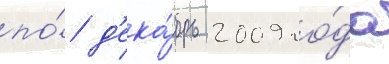
по́ д'ека́брь 2009 го́да